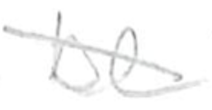
Text: be
Cross-out: diagonal
Writing tool: pencil